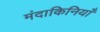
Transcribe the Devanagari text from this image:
मंदाकिनियाँ